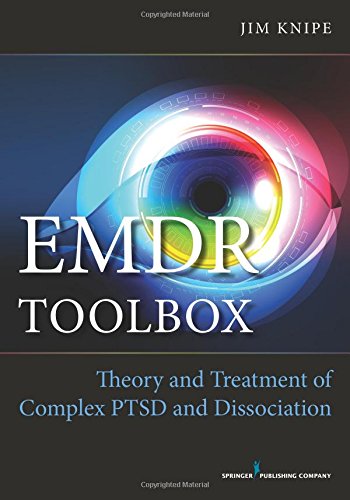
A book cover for EMDR Toolbox: Theory and Treatment of Complex PTSD and Dissociation; James Knipe; Medical Books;